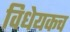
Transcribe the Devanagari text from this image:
विधेयकच